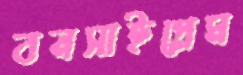
বনসাইপ্রেম